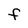
Character: F